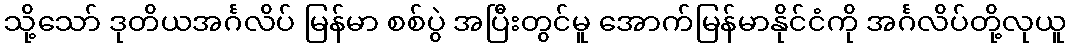
သို့သော် ဒုတိယအင်္ဂလိပ် မြန်မာ စစ်ပွဲ အပြီးတွင်မူ အောက်မြန်မာနိုင်ငံကို အင်္ဂလိပ်တို့လုယူ